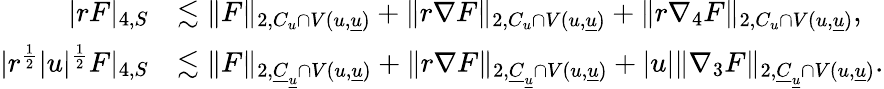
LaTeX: \begin{array}{rl}{|rF|_{4,S}}&{\lesssim\| F\| _{2,C_{u}\cap V(u,{\underline{{u}}})}+\| r\nabla F\| _{2,C_{u}\cap V(u,{\underline{{u}}})}+\| r\nabla_{4}F\| _{2,C_{u}\cap V(u,{\underline{{u}}})},}\\ {|r^{\frac{1}{2}}|u|^{\frac{1}{2}}F|_{4,S}}&{\lesssim\| F\| _{2,{\underline{{C}}}_{\underline{{u}}}\cap V(u,{\underline{{u}}})}+\| r\nabla F\| _{2,{\underline{{C}}}_{\underline{{u}}}\cap V(u,{\underline{{u}}})}+|u|\| \nabla_{3}F\| _{2,{\underline{{C}}}_{\underline{{u}}}\cap V(u,{\underline{{u}}})}.}\end{array}